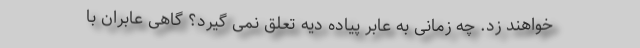
خواهند زد. چه زمانی به عابر پیاده دیه تعلق نمی گیرد؟ گاهی عابران با